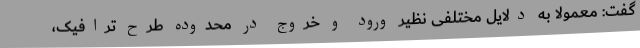
گفت: معمولا به دلایل مختلفی نظیر ورود و خروج در محدوده طرح ترافیک،